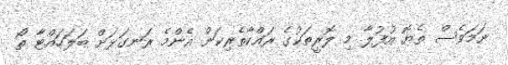
ނަމަވެސް ތެޔޮ އުފުލާ މި ލޮރީތަކުގެ ރައްކާތެރިކަން އެންމެ ރަނގަޅަށް ބަލަހައްޓާ ތޯ